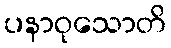
ပနာဝုသောတိ